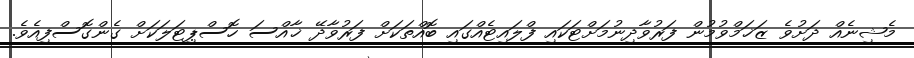
މެޝިނެއް ދަށުވެ ޒަޚަމްވުމުން ފަރުވާދިނުމަށްޓަކައި ފްލައިޓެއްގައި ބޮއްތަކަށް ފަރުވާދޭ ޚާއްސަ ހޮސްޕިޓަލަކަށް ގެންގޮސްފިއެެވެ.